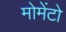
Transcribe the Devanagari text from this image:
मोमेंटो